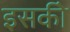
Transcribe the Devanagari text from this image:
इसकीे